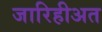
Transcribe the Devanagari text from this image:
जारिहीअत